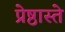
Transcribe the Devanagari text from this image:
प्रेष्ठास्ते